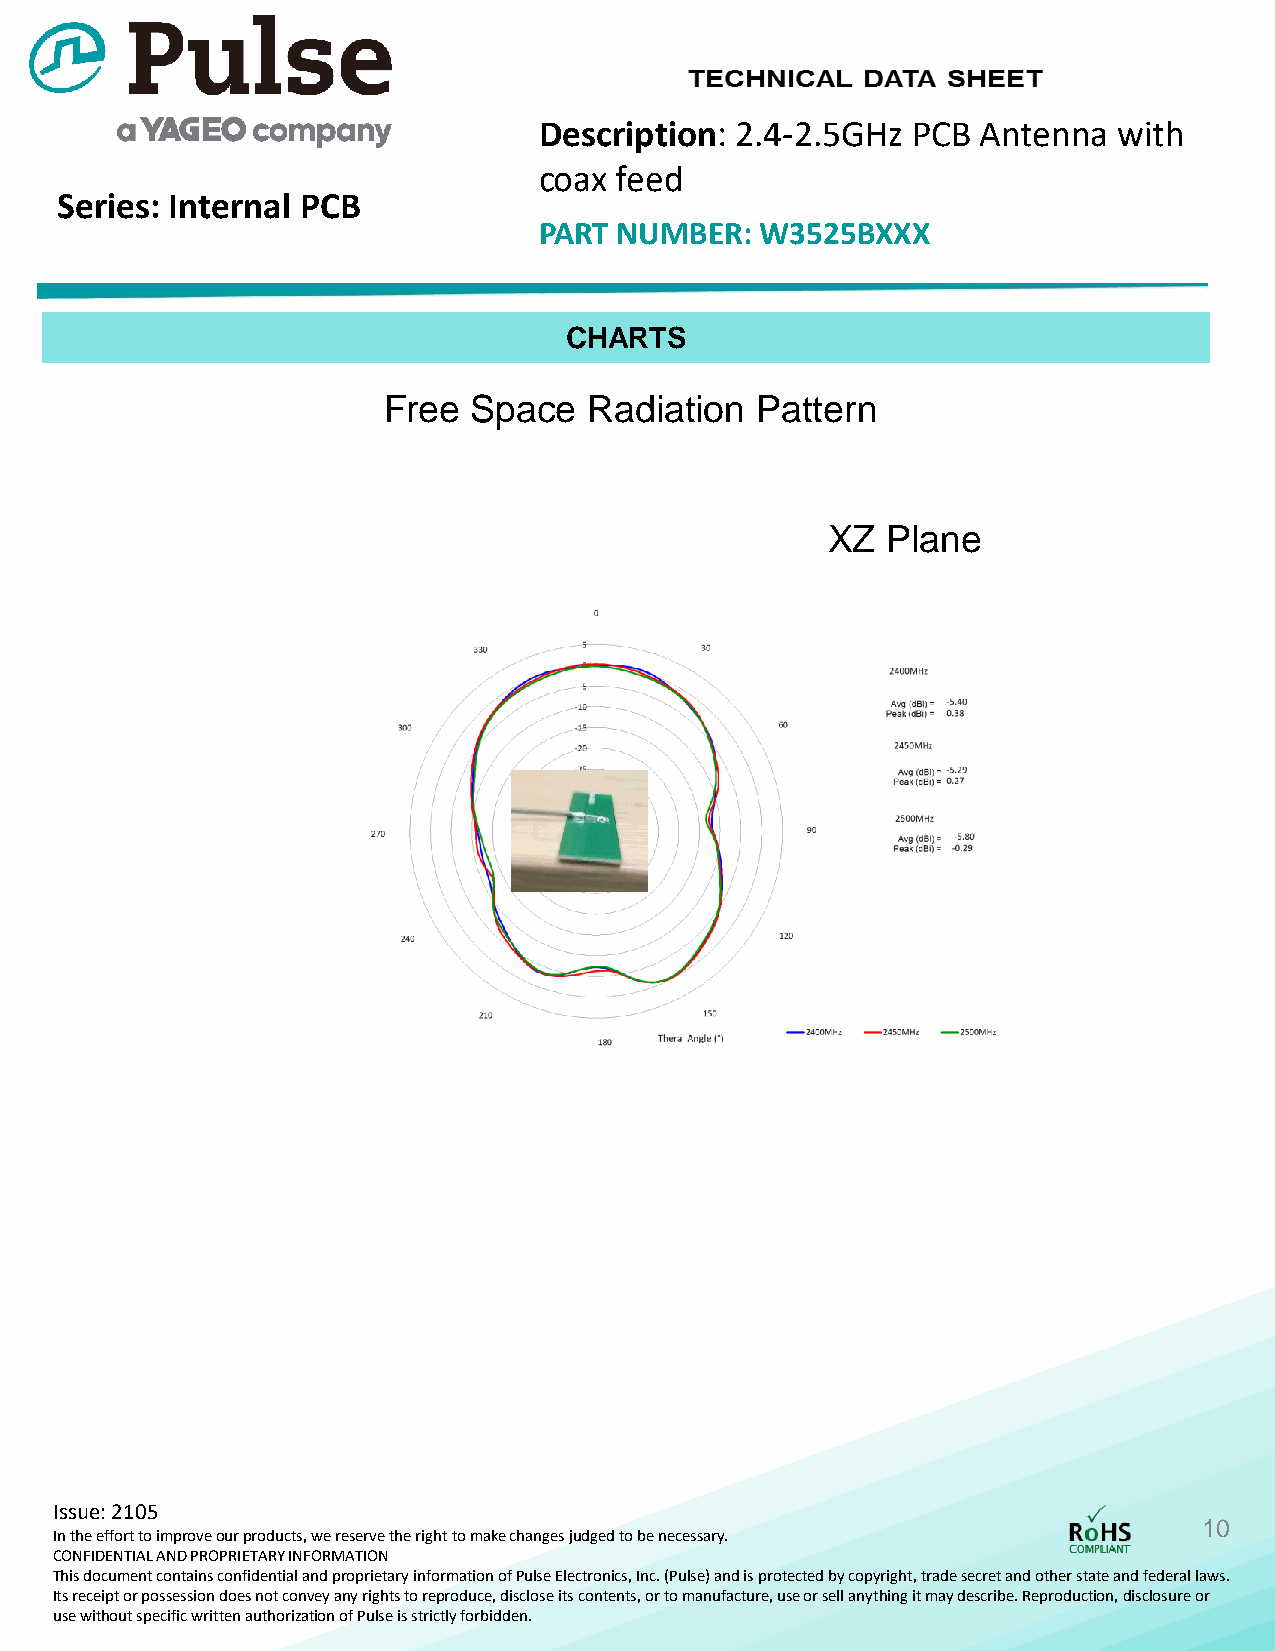
Description: 2.4-2.5GHz PCB  Antenna  with
 coax feed
 Series: Internal PCB
 PART NUMBER:  W3525BXXX
 CHARTS
 Free  Space   Radiation  Pattern
 XZ  Plane
 Issue: 2105
 10
 In the effort to improve our products, we reserve the right to make changes judged to be necessary.
 CONFIDENTIAL AND PROPRIETARY INFORMATION
 This document contains confidential and proprietary information ofPulse Electronics, Inc. (Pulse) and is protected by copyright, trade secret and other state and federal laws.
 Its receipt or possession does not convey any rights to reproduce, disclose its contents, or to manufacture, use or sell anything it may describe. Reproduction, disclosure or
 use without specific written authorization of Pulse is strictly forbidden.